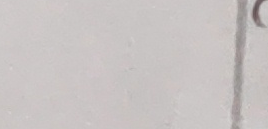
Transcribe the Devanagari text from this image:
हो